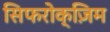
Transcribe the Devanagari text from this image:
सिफरोक्ज़िम